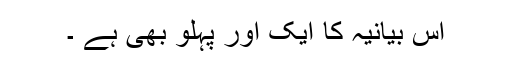
اس بیانیہ کا ایک اور پہلو بھی ہے ۔